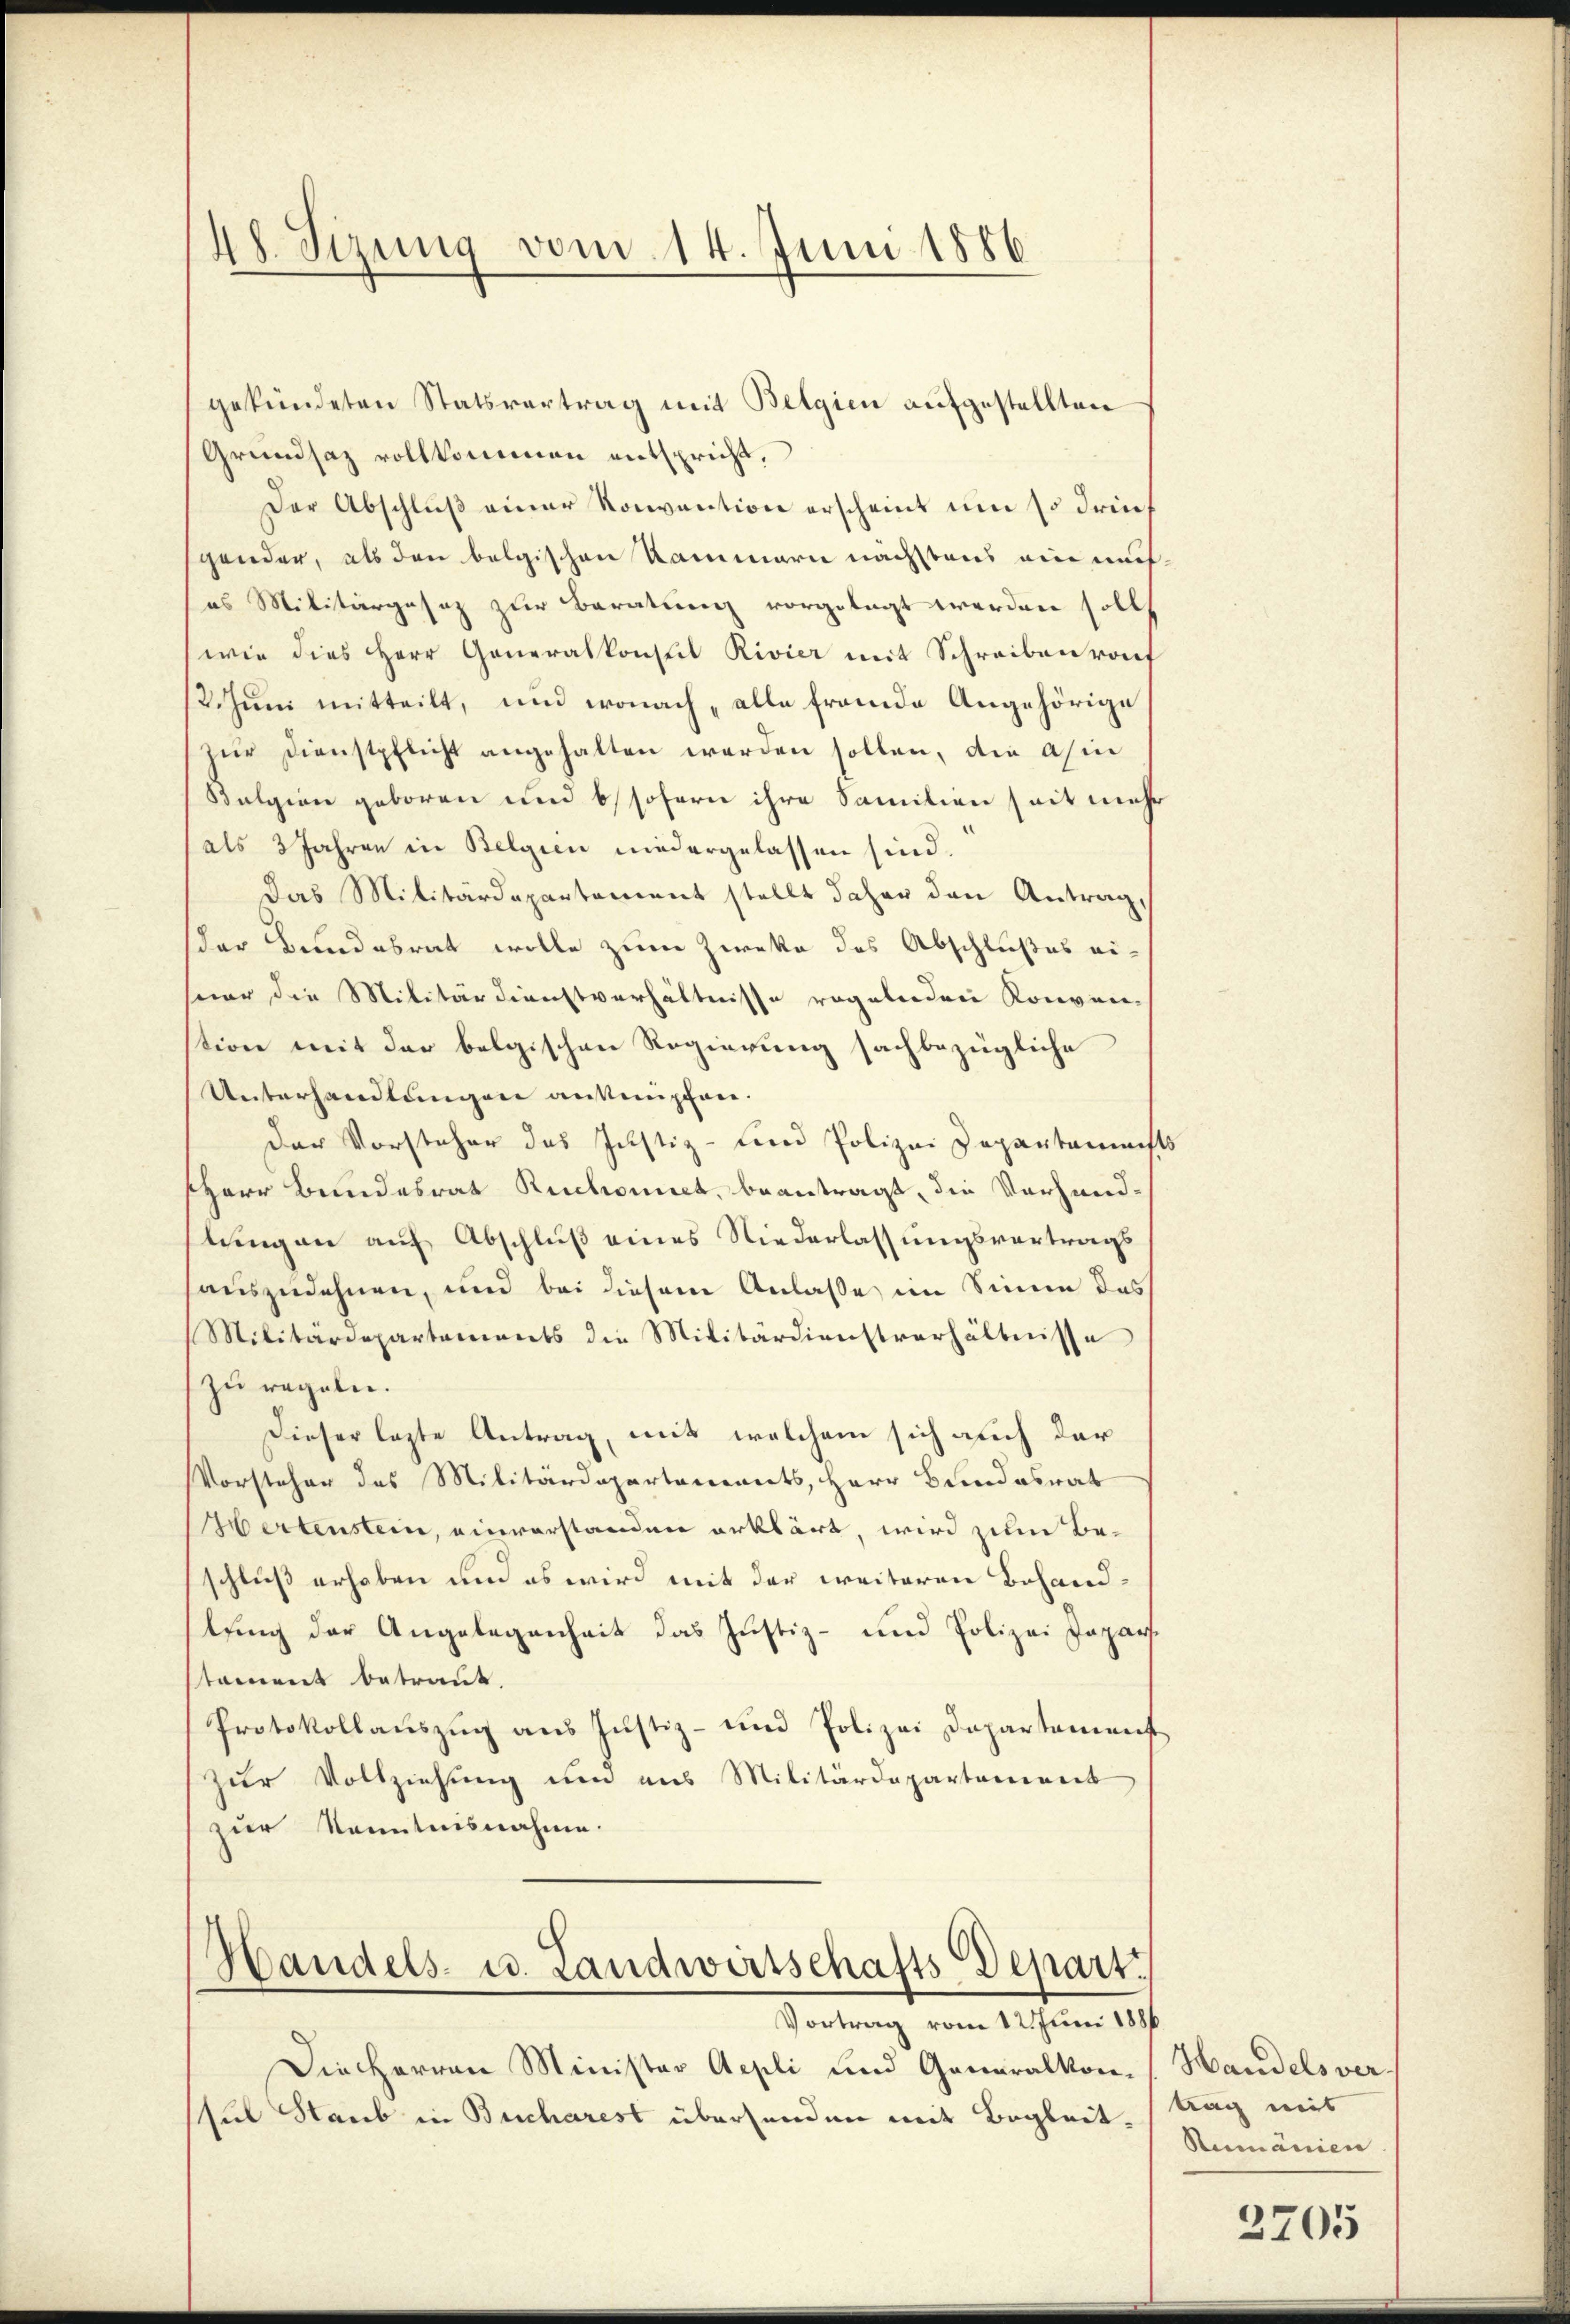
48. Sizung vom 14. Juni 1886

gekündeten Statsvertrag mit Belgien aufgestellten
Grundsaz vollkommen entspricht,
Der Abschluß einer Konvention erscheint um so drich
gander, als den belgischen Kammern nächstens ein mites Militärgesetz zur Beratung vorgelegt werden soll
wie dies Herr Generalkonseil Rivier mit Schreibenrof
2Juni mitteilt, und wonach „alle fremde Angehörige
zur Dienstpflicht angehalten werden sollen, die asin
Bulgien geboren und 6 sofern ihre Samilien seit mehr
als 3 Jahren in Belgien niedergelassen sind.
Das Militärdepartement stellt daher den Antrag,
der Bundesrat wolle zum Zwecke des Abschlußes einur die Militärdienstverhältnisse regelnden Konven-
tion mit der belgischen Regierung sachbezügliche
Unterhandlungen anknüpfen.
der Vorsteher das Justiz- und Polizei Departaments
Herr Bundesrat Ruchomect, beantragt, die Verhandhlungen auf Abschluß eines Niederlassungsvertrags
auszudehnen, und bei diesem Anlasse im Sinne das
Militärdepartements die Militärdienstverhältnisse
zu regeln.
Dieser lezte Antrag, mit welchem sich auch der
Vorsteher des Militärdepartements, Herr Bundesrat
Hertenstein, einverstanden erklärt, wird zum Beschluß erhaben um es wird mit der weiteren Behandlung der Angelegenheit das Justiz- und Polizei Japartament betraut.
Protokollauszug aus Justiz- und Polizei Departamenst
zur Vollziehung um aus Militärdepartement
zur Kenntnisnahme.
Handels- u. Landwirtschafts-Depart.
Vortrag vom 12. Juni 1886
Die Herren Minister Appli und Generalkon (Handelsver-
siel Staub in Bucharest übersenden mit Begleit¬

trag mit
Rumänien

2705